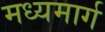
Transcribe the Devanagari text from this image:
मध्‍यमार्ग